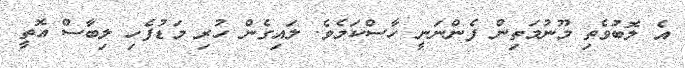
އެ ލޮބުވެތި މޫނުމަތިން ފެންނަނީ ހާސްކަމެވެ. ލައިގެން ހުރި މަޑުފެހި ލިބާސް އޮތީ